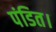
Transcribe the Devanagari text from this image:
पंडित।